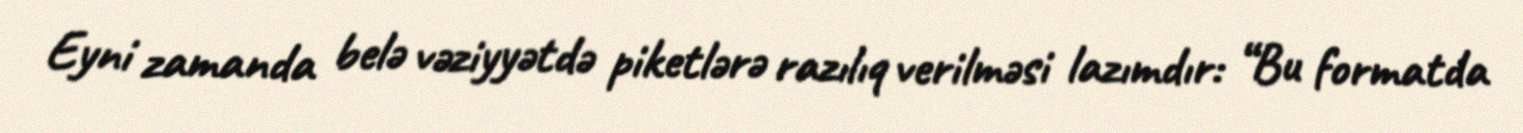
Eyni zamanda belə vəziyyətdə piketlərə razılıq verilməsi lazımdır: “Bu formatda